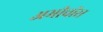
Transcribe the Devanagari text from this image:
अमीचीस